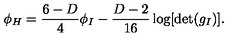
\phi _ { H } = { \frac { 6 - D } { 4 } } \phi _ { I } - { \frac { D - 2 } { 1 6 } } \log [ \det ( g _ { I } ) ] .